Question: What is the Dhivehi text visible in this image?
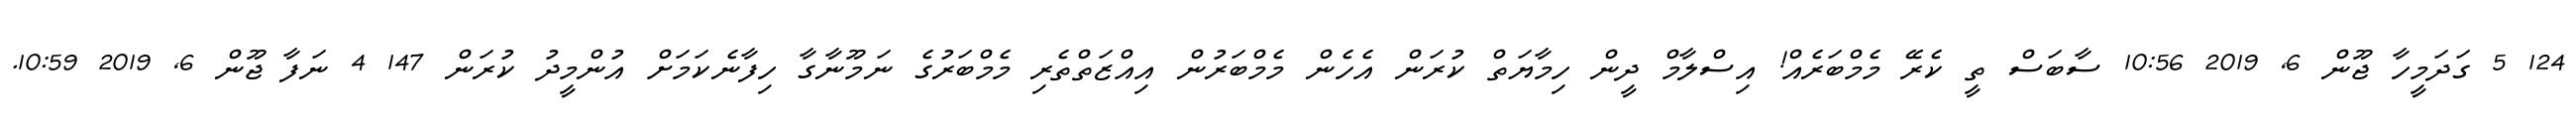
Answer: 124 5 ގަދަމީހާ ޖޫން 6, 2019 10:56 ސާބަސް ތީ ކެރޭ މެމްބަރެއް! އިސްލާމް ދީން ހިމާޔަތް ކުރަން އެހެން މެމްބަރުން އިއްޒަތްތެރި މެމްބަރުގެ ނަމޫނާގާ ހިފާނެކަމަށް އުންމީދު ކުރަން 147 4 ނަފާ ޖޫން 6, 2019 10:59.